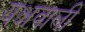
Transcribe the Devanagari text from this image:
यक्षवाली